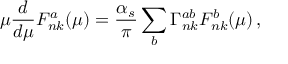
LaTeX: \mu \frac { d } { d \mu } F _ { n k } ^ { a } ( \mu ) = \frac { \alpha _ { s } } { \pi } \sum _ { b } \Gamma _ { n k } ^ { a b } F _ { n k } ^ { b } ( \mu ) \, ,